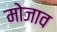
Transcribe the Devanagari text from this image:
मोजाव